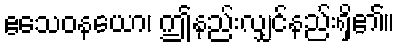
ဧသေဝနယော၊ ဤနည်းလျှင်နည်းရှိ၏။